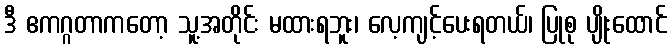
ဒီ ဧကဂ္ဂတာကတော့ သူ့အတိုင်း မထားရဘူး၊ လေ့ကျင့်ပေးရတယ်၊ ပြုစု ပျိုးထောင်